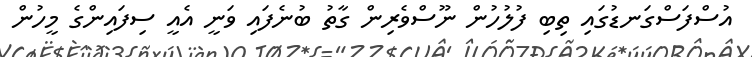
އުސްފަސްގަނޑުގައި ތިބި ފުލުހުން ނޫސްވެރިން ގާތު ބުނެފައި ވަނީ އެއީ ސިފައިންގެ މީހުން